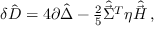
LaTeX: \delta \hat { D } = 4 \partial \hat { \Delta } - { \textstyle \frac { 2 } { 5 } } \hat { \vec { \Sigma } } { } ^ { T } \eta \hat { \vec { \cal H } } \, ,